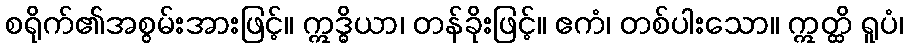
စရိုက်၏အစွမ်းအားဖြင့်။ ဣဒ္ဓိယာ၊ တန်ခိုးဖြင့်။ ဧကံ၊ တစ်ပါးသော။ ဣတ္ထိ ရူပံ၊